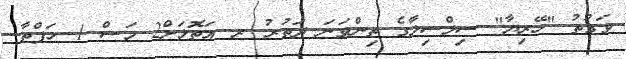
ވަގުތު "ހޭރިޔާ" ސިލްސިލާގެ ތިންވަނަ ދަތުރު ރ. އަތޮޅަށް2 މަސް 1 ހަފްތާ